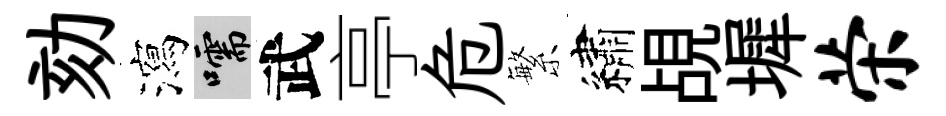
劾瀉嚅武亭危繁繡覘墀荣